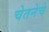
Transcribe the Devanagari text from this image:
चेतनेचे